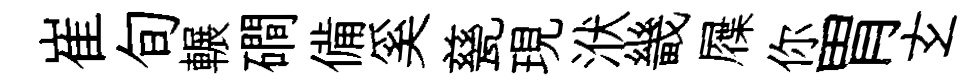
崔旬輾磵備奚甆現洑畿屧你胃𤣥